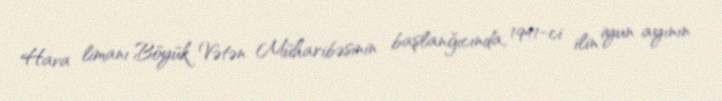
Hava limanı Böyük Vətən Müharibəsinin başlanğıcında, 1941-ci ilin iyun ayının